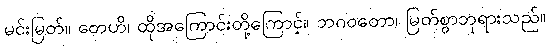
မင်းမြတ်။ တေဟိ၊ ထိုအကြောင်းတို့ကြောင့်။ ဘဂဝတော၊ မြတ်စွာဘုရားသည်။